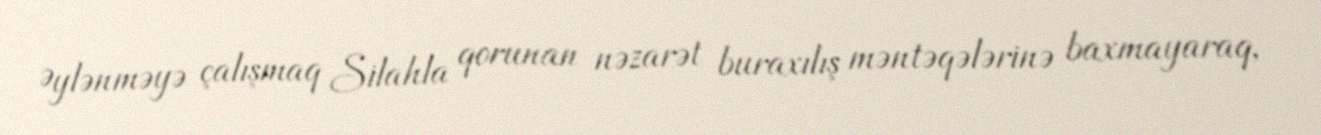
Əylənməyə çalışmaq Silahla qorunan nəzarət buraxılış məntəqələrinə baxmayaraq,